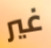
غير